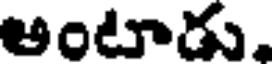
అంటాడు,